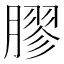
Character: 膠